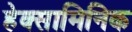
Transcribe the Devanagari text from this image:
हेक्सामिनिक